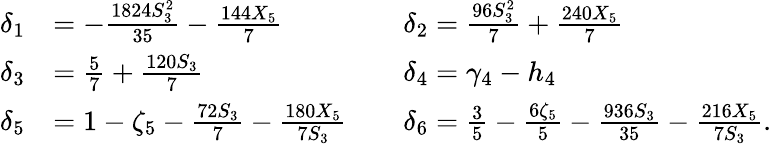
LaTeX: \begin{array}{rlrl}{\delta_{1}}&{=-\frac{1824S_{3}^{2}}{35}-\frac{144X_{5}}{7}}&&{\delta_{2}=\frac{96S_{3}^{2}}{7}+\frac{240X_{5}}{7}}\\ {\delta_{3}}&{=\frac{5}{7}+\frac{120S_{3}}{7}}&&{\delta_{4}=\gamma_{4}-h_{4}}\\ {\delta_{5}}&{=1-\zeta_{5}-\frac{72S_{3}}{7}-\frac{180X_{5}}{7S_{3}}}&&{\delta_{6}=\frac{3}{5}-\frac{6\zeta_{5}}{5}-\frac{936S_{3}}{35}-\frac{216X_{5}}{7S_{3}}.}\end{array}